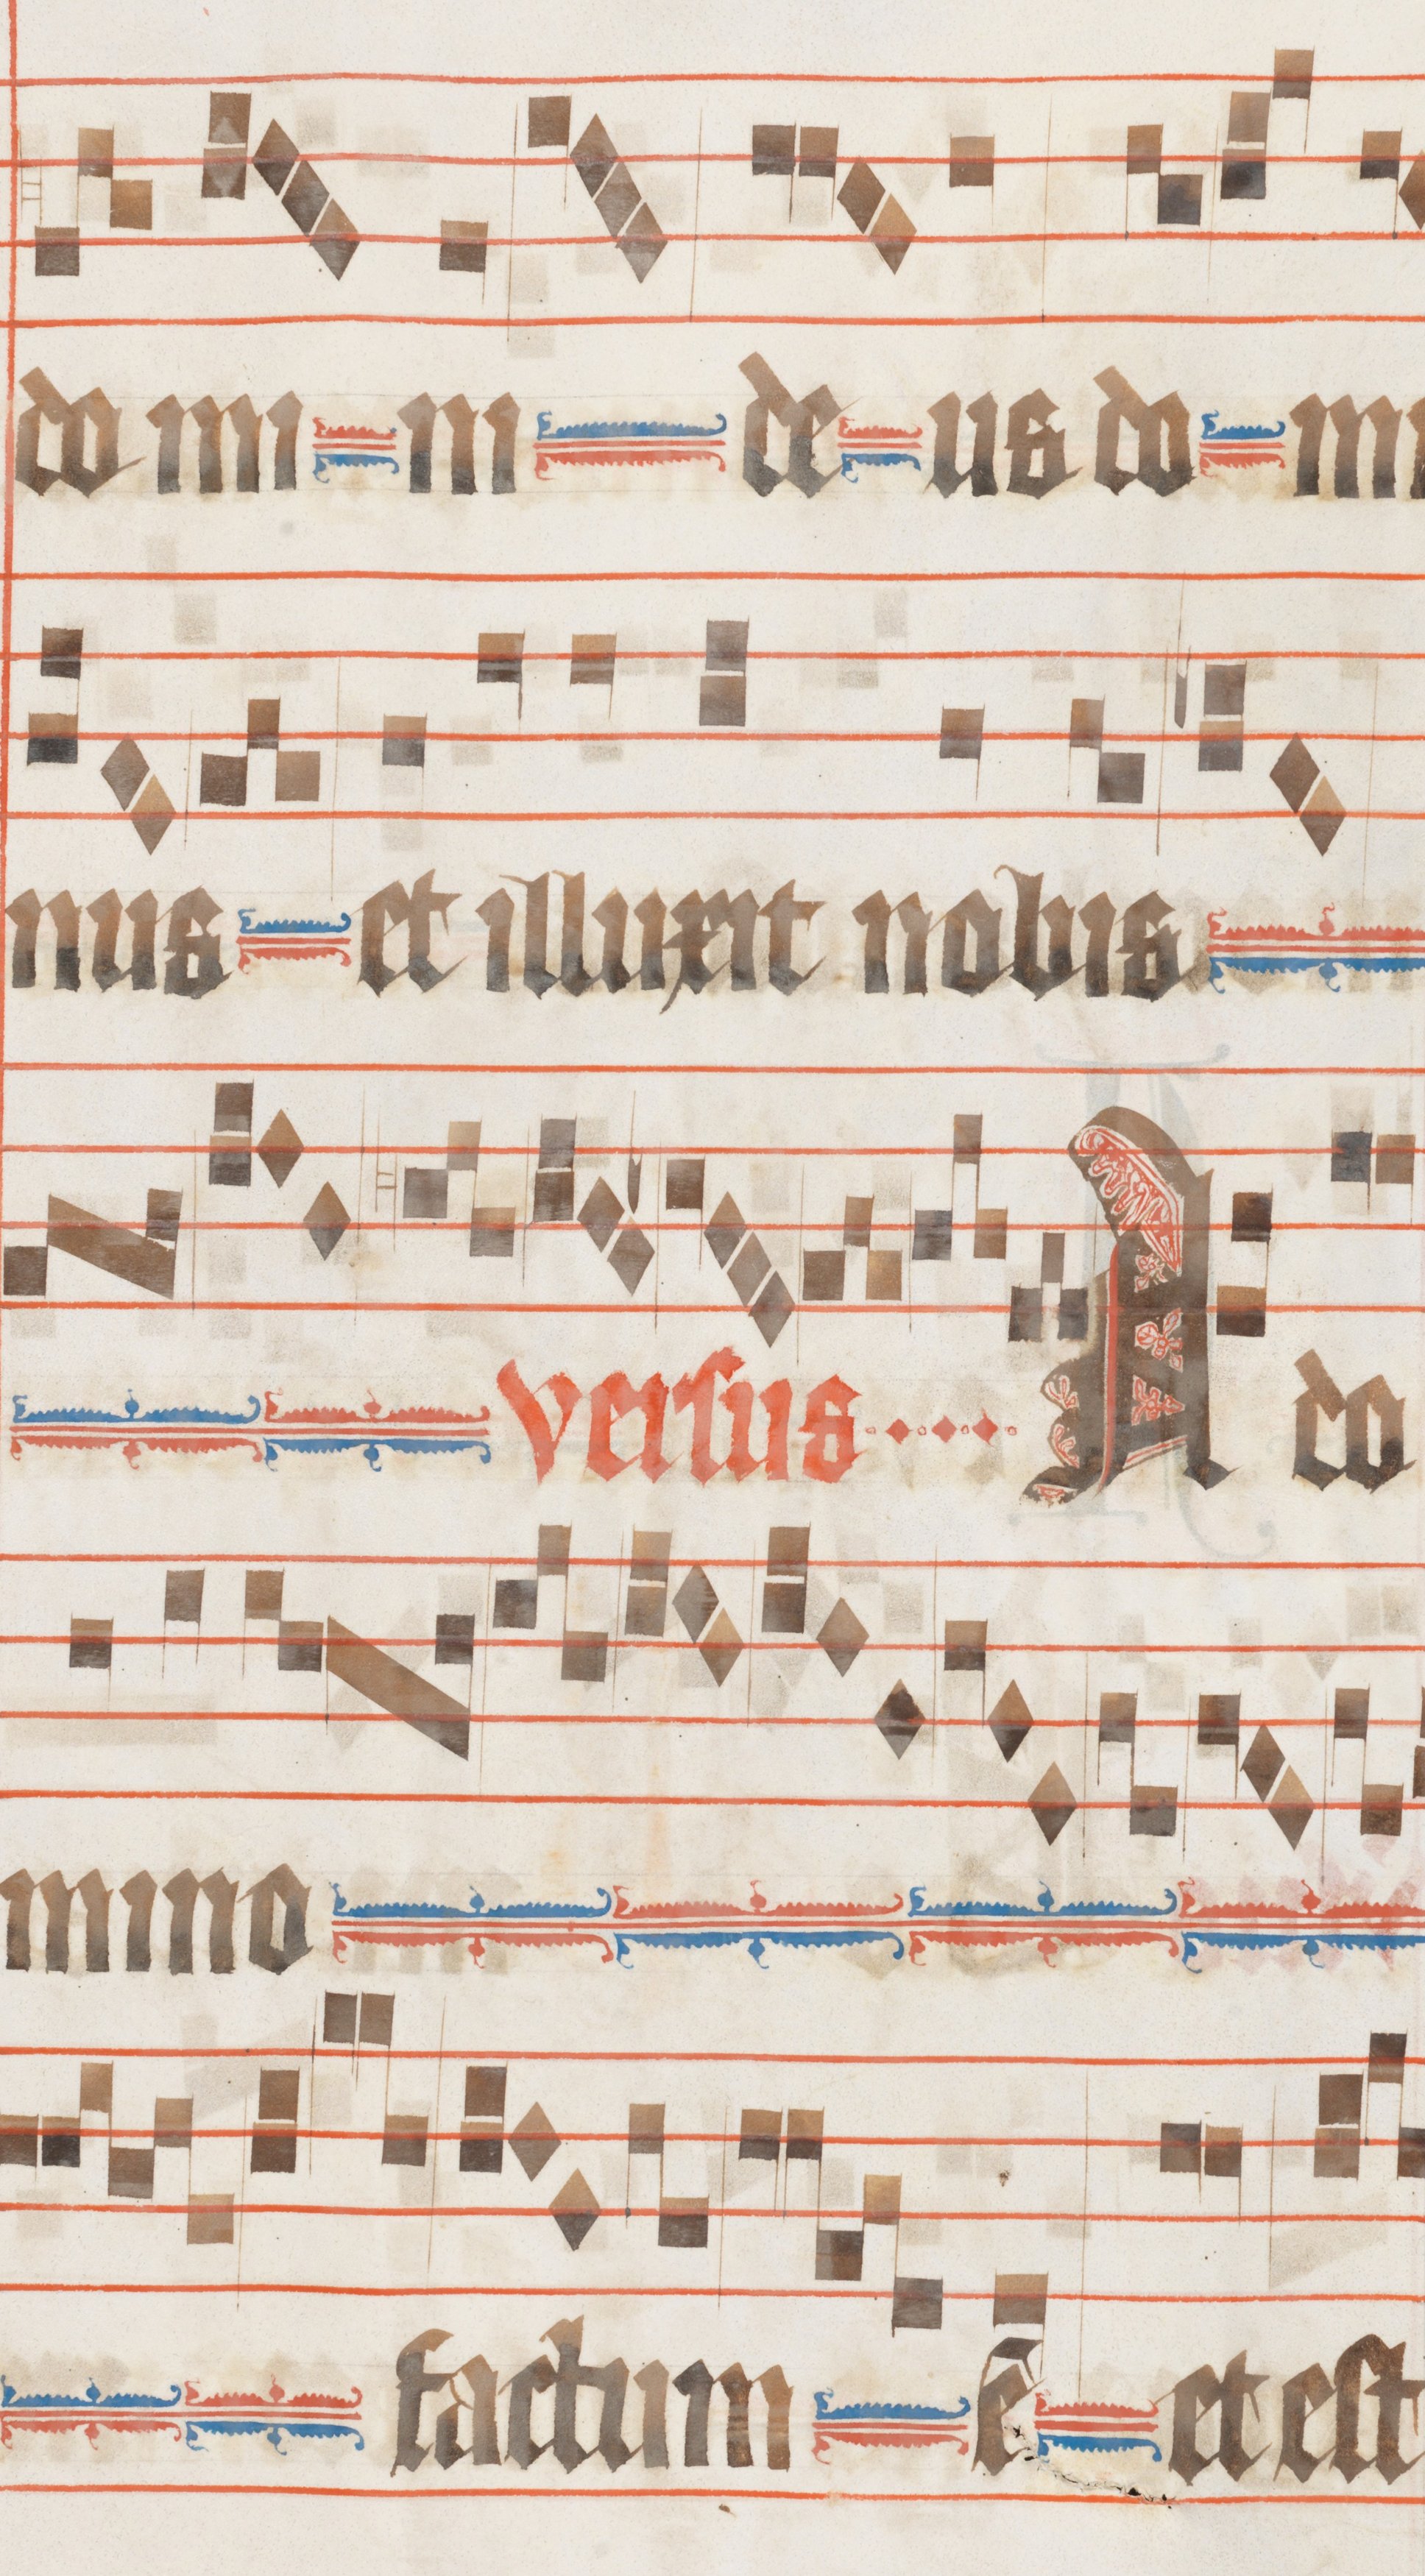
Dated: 1330–1335